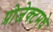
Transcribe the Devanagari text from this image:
प्रोजेक्टमधे